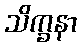
သိက္ခနာ